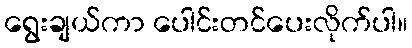
ရွေးချယ်ကာ ပေါင်းတင်ပေးလိုက်ပါ။